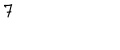
7